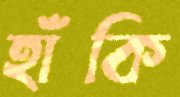
হাঁকি